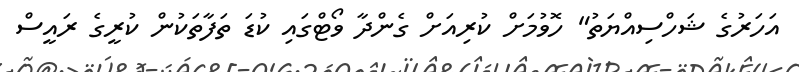
އަހަރުގެ ޝަހްސިއްޔަތު" ހޮވުމަށް ކުރިއަށް ގެންދާ ވޯޓްގައި ކުޑަ ތަފާތަކުން ކުރީގެ ރައީސް